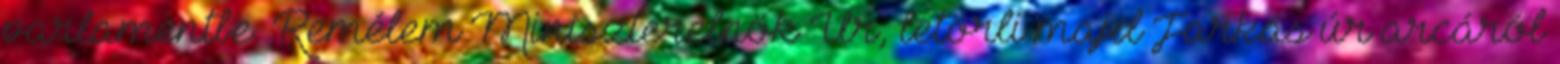
parlamentbe. Remélem Miniszterelnök Úr, letörli majd Farkas úr arcáról